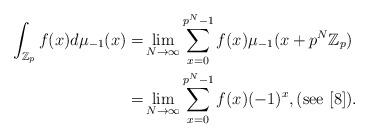
LaTeX: \begin{align*}\int_{\mathbb{Z}_p} f(x) d \mu_{-1}(x) =& \lim_{N \rightarrow \infty} \sum_{x=0}^{p^N-1} f(x) \mu_{-1} (x+ p^N \mathbb{Z}_p)\\=& \lim_{N \rightarrow \infty} \sum_{x=0}^{p^N-1} f(x) (-1)^x, (\textnormal{see} \,\, [8]).\end{align*}